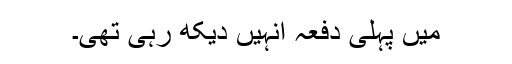
میں پہلی دفعہ انہیں دیکھ رہی تھی۔